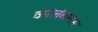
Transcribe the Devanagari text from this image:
कोलंबानस